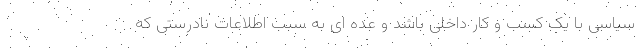
سیاسی با یک کسب و کار داخلی باشد و عده ای به سبب اطلاعات نادرستی که